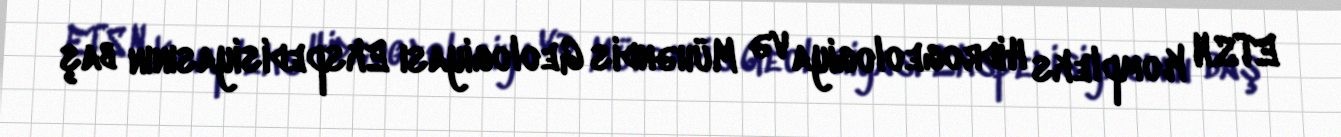
ETSN Kompleks Hidrogeologiya və Mühəndis Geologiyası Ekspedisiyasının baş